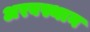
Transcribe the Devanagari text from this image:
अरबस्थान